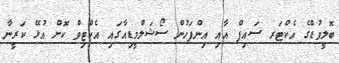
ބޮލީވުޑްގެ އެކްޓަރ ސައިފް އާއި އިންފަހުން ސޯޝަލްމީޑިއާގައި އެކްޓިވް ކޮށް އުޅޭ ކަރީނާ